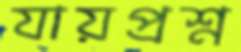
যায়প্রশ্ন